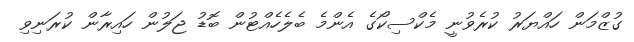
ގުޒްމަން ހައްޔަރު ކުރެވުނީ މެކްސިކޯގެ އެންމެ ބެލެހެއްޓުން ބޮޑު ޖަލުން ހައިރާން ކުރަނިވި